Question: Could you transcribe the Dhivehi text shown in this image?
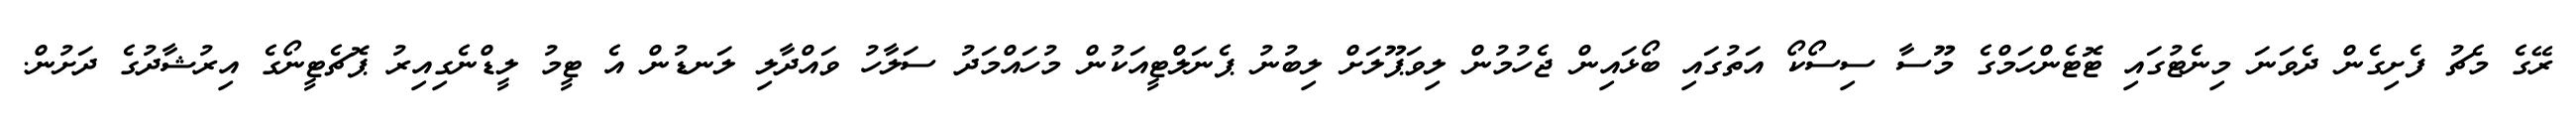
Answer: ރޭގެ މެޗު ފެށިގެން ދެވަނަ މިނެޓުގައި ޓޮޓެންހަމްގެ މޫސާ ސިސޯކޯ އަތުގައި ބޯޅައިން ޖެހުމުން ލިވަޕޫލަށް ލިބުނު ޕެނަލްޓީއަކުން މުހައްމަދު ސަލާހު ވައްދާލި ލަނޑުން އެ ޓީމު ލީޑްނެގިއިރު ޕޮޗެޓީނޯގެ އިރުޝާދުގެ ދަށުން.